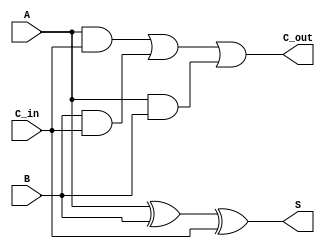
/*
    CS/ECE 552 Spring '20
    Homework #1, Problem 2
    
    a 1-bit full adder
*/
module fullAdder_1b(A, B, C_in, S, C_out);
    input  A, B;
    input  C_in;
    output S;
    output C_out;

    assign S = A ^ B ^ C_in;
    assign C_out = (A & C_in) | (B & C_in) | (A & B);

endmodule